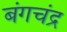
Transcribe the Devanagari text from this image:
बंगचंद्र